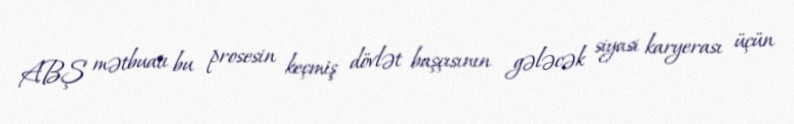
ABŞ mətbuatı bu prosesin keçmiş dövlət başçısının gələcək siyasi karyerası üçün